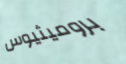
بروميثيوس